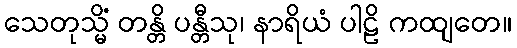
သေတုသ္မိံ တန္တိ ပန္တီသု၊ နာရိယံ ပါဠိ ကထျတေ။